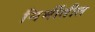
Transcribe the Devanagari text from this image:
निर्मीतीत